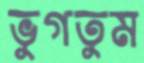
ভুগতুম